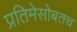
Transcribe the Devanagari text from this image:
प्रतिमेसोबतच